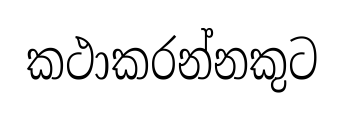
කථාකරන්නකුට